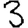
Digit: 3